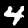
Digit: 4